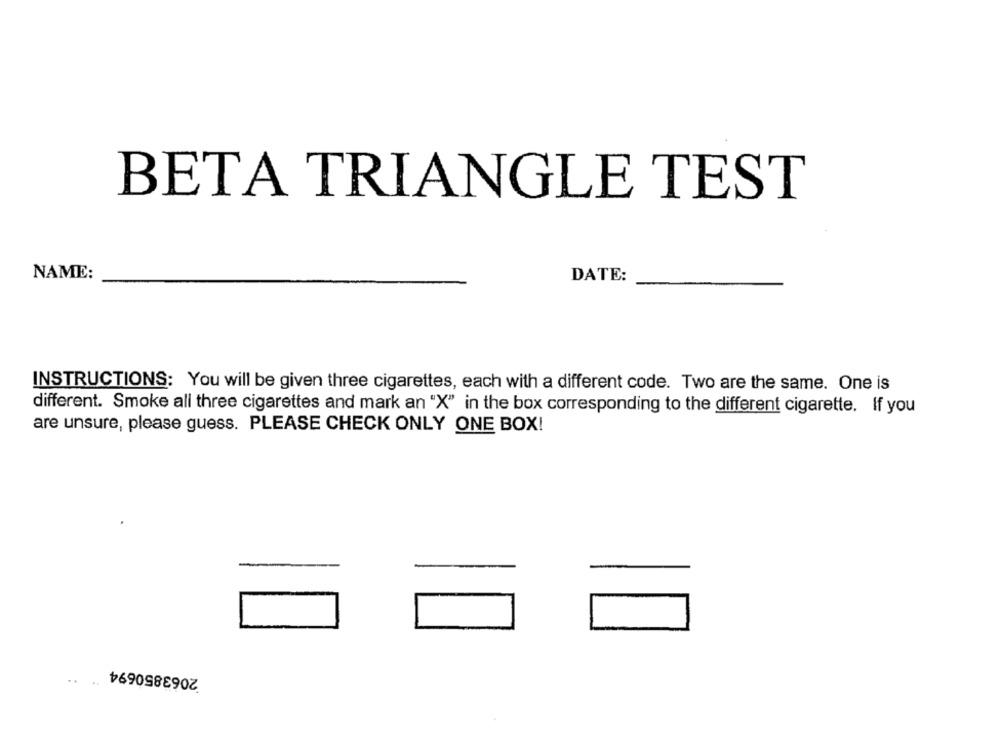
BETA TRIANGLE TEST
NAME:
DATE:
INSTRUCTIONS: You will be given three cigarettes, each with a different code. Two are the same. One is
different. Smoke all three cigarettes and mark an "X" in the box corresponding to the different cigarette. If you
are unsure, please guess. PLEASE CHECK ONLY ONE BOX!
2063850694
..